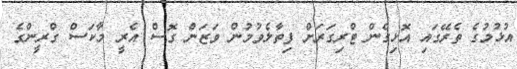
އުޅުމުގެ ތެރޭގައި އޮޅިގެން ޓްރިގަރަށް ފިތާލެވުމުން ވަޒަން ގޮސް އެރީ މާކަސް ގްރީންގެ